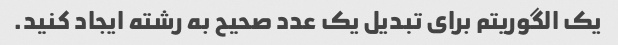
یک الگوریتم برای تبدیل یک عدد صحیح به رشته ایجاد کنید.